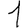
Digit: 1